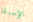
الإسبان